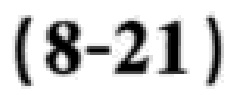
\((8 - 21)\)